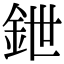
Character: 鉪